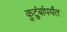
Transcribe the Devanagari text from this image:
कुटुंबांपर्यंत